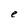
Character: e